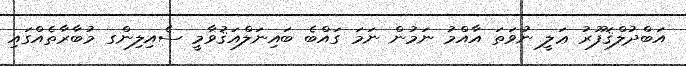
އަބްދުލްޤަފޫރު ޢަލީ ނުވަތަ އާއްމު ނަމުން ނަމަ ގައްބެ ބައިނަލްއަޤުވާމީ ސެއިލިންގ މުބާރާތެއްގައި